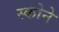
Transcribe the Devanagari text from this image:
स्कोने